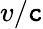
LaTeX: v/\mathtt{c}